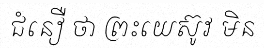
ជំនឿ ថា ព្រះយេស៊ូវ មិន